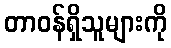
တာဝန်ရှိသူများကို